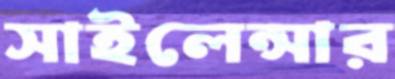
সাইলেন্সার